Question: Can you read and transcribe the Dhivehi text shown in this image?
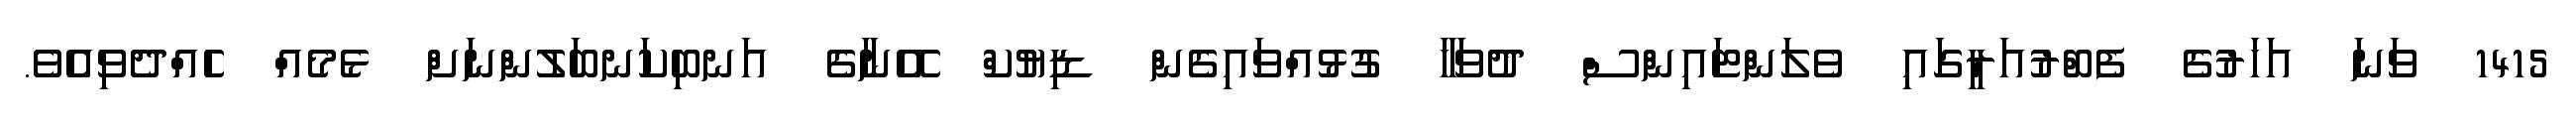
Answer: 1415 ވަނަ އަހަރުގެ ފެބްރުއަރީގައި ވެލަންޓައިންސް ދުވަހާ ގުޅުއްވައިގެން ޑިޔުކް އޭނާގެ އަނބިކަނބަލުންނަށް ޅެމެއް ހެއްދެވިއެވެ.